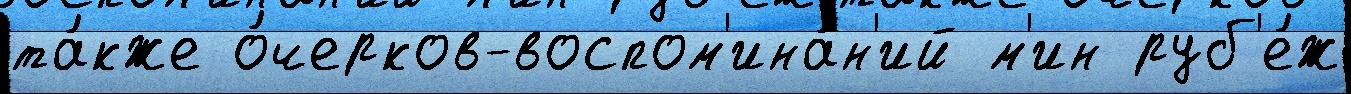
та́кже о́черков-воспом'ина́н'ий м'ин руб'е́ж